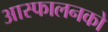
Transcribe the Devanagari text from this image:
आस्फालनको